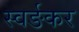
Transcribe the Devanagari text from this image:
स्वर्ङकर